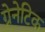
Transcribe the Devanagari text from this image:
ग्रेनेटिक